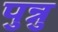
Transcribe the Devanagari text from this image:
पुन्नु